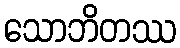
သောဘိတဿ